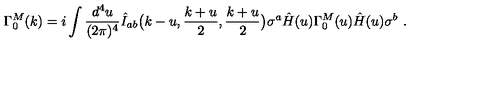
\Gamma _ { 0 } ^ { M } ( k ) = i \int { \frac { d ^ { 4 } u } { ( 2 \pi ) ^ { 4 } } } \hat { I } _ { a b } \big ( k - u , { \frac { k + u } { 2 } } , { \frac { k + u } { 2 } } \big ) \sigma ^ { a } \hat { H } ( u ) \Gamma _ { 0 } ^ { M } ( u ) \hat { H } ( u ) \sigma ^ { b } \ .